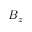
B _ { z }